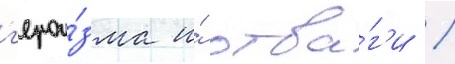
г'ерои́зма и́ отва́г'и /